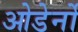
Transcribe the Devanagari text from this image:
ओडेर्नो